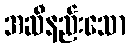
အဆီနည်းသော